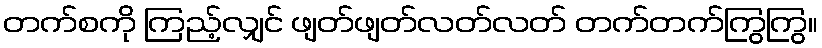
တက်စကို ကြည့်လျှင် ဖျတ်ဖျတ်လတ်လတ် တက်တက်ကြွကြွ။